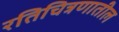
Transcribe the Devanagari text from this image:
रतिचित्रणातील